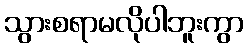
သွားစရာမလိုပါဘူးကွာ